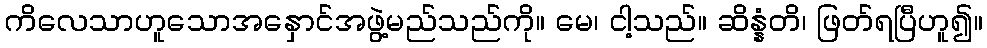
ကိလေသာဟူသောအနှောင်အဖွဲ့မည်သည်ကို။ မေ၊ ငါ့သည်။ ဆိန္နံတိ၊ ဖြတ်ရပြီဟူ၍။